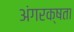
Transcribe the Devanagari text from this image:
अंगरक्षता